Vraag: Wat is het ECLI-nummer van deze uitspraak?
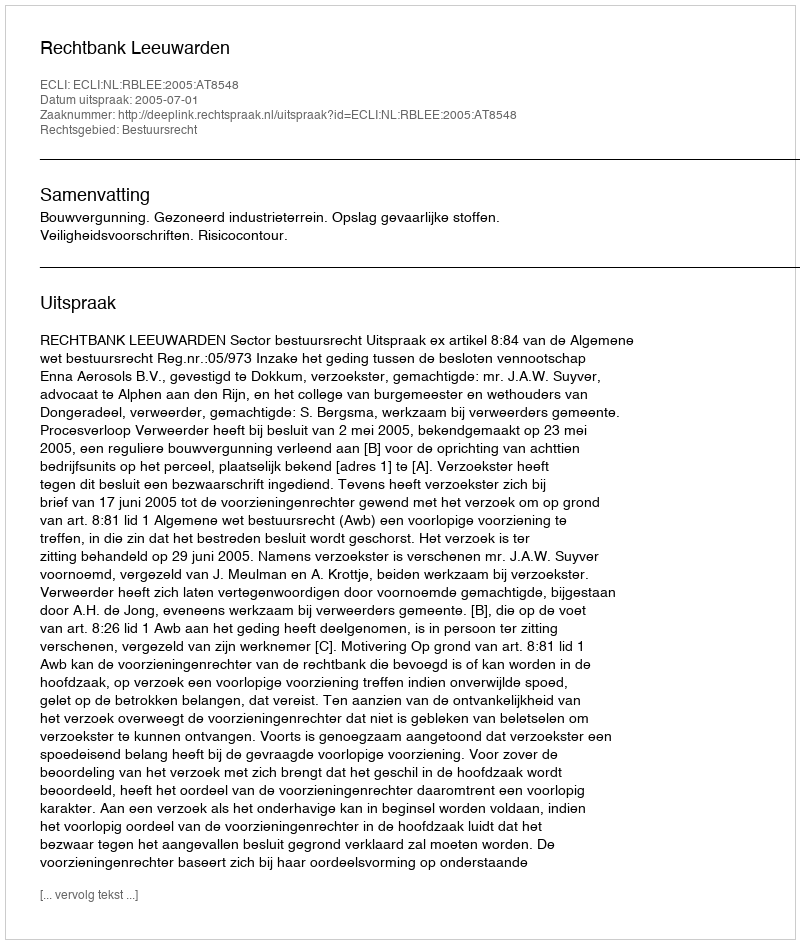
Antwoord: ECLI:NL:RBLEE:2005:AT8548